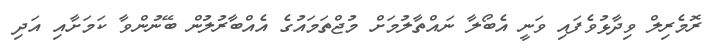
ރޮމެރިލް ވިދާޅުވެފައި ވަނީ އެބޯލާ ނައްތާލުމަށް މުޖްތަމައުގެ އެއްބާރުލުން ބޭނުންވާ ކަމަށާއި އަދި